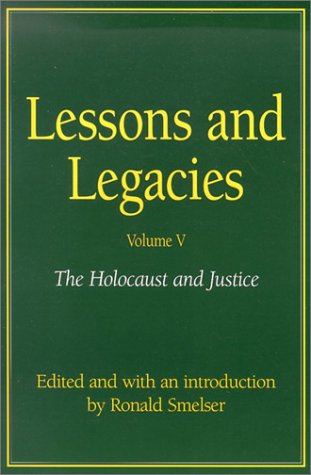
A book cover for Lessons and Legacies V : The Holocaust and Justice; Theodore Zev Weiss; Law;